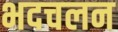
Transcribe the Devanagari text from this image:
भदचलन